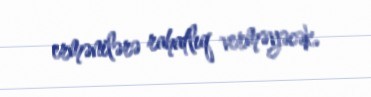
ermənilərə rahatlıq verməyəcək.